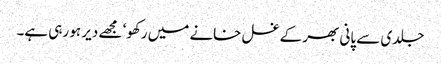
جلدی سے پانی بھر کے غسل خانے میں رکھو‘ مجھے دیر ہو رہی ہے۔